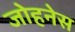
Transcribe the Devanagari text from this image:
जोहनेस